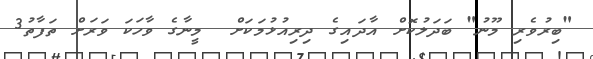
"ބިރުވެރި މޫނު" ބަދަލުކޮށް އާދައިގެ ދިރިއުޅުމަކަށް  މީނާގެ ވާހަކަ ވަރަށް ތަފާތު3